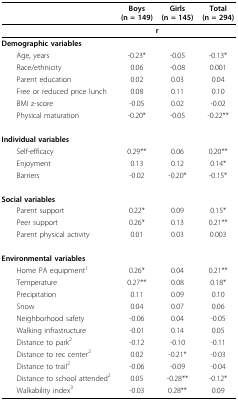
<table><thead><tr><td></td><td><b>Boys(n = 149)</b></td><td><b>Girls(n = 145)</b></td><td><b>Total(n = 294)</b></td></tr></thead><tbody><tr><td></td><td colspan="2"><b>r</b></td><td></td></tr><tr><td><b>Demographic variables</b></td><td></td><td></td><td></td></tr><tr><td> Age, years</td><td>-0.23*</td><td>-0.05</td><td>-0.13*</td></tr><tr><td> Race/ethnicity</td><td>0.06</td><td>-0.08</td><td>0.001</td></tr><tr><td> Parent education</td><td>0.02</td><td>0.03</td><td>0.04</td></tr><tr><td> Free or reduced price lunch</td><td>0.08</td><td>0.11</td><td>0.10</td></tr><tr><td> BMI z-score</td><td>-0.05</td><td>0.02</td><td>-0.02</td></tr><tr><td> Physical maturation</td><td>-0.20*</td><td>-0.05</td><td>-0.22**</td></tr><tr><td><b>Individual variables</b></td><td></td><td></td><td></td></tr><tr><td> Self-efficacy</td><td>0.29**</td><td>0.06</td><td>0.20**</td></tr><tr><td> Enjoyment</td><td>0.13</td><td>0.12</td><td>0.14*</td></tr><tr><td> Barriers</td><td>-0.02</td><td>-0.20*</td><td>-0.15*</td></tr><tr><td><b>Social variables</b></td><td></td><td></td><td></td></tr><tr><td> Parent support</td><td>0.22*</td><td>0.09</td><td>0.15*</td></tr><tr><td> Peer support</td><td>0.26*</td><td>0.13</td><td>0.21**</td></tr><tr><td> Parent physical activity</td><td>0.01</td><td>0.03</td><td>0.003</td></tr><tr><td><b>Environmental variables</b></td><td></td><td></td><td></td></tr><tr><td> Home PA equipment<sup>1</sup></td><td>0.26*</td><td>0.04</td><td>0.21**</td></tr><tr><td> Temperature</td><td>0.27**</td><td>0.08</td><td>0.18*</td></tr><tr><td> Precipitation</td><td>0.11</td><td>0.09</td><td>0.10</td></tr><tr><td> Snow</td><td>0.04</td><td>0.07</td><td>0.06</td></tr><tr><td> Neighborhood safety</td><td>-0.06</td><td>0.04</td><td>-0.05</td></tr><tr><td> Walking infrastructure</td><td>-0.01</td><td>0.14</td><td>0.05</td></tr><tr><td> Distance to park<sup>2</sup></td><td>-0.12</td><td>-0.10</td><td>-0.11</td></tr><tr><td> Distance to rec center<sup>2</sup></td><td>0.02</td><td>-0.21*</td><td>-0.03</td></tr><tr><td> Distance to trail<sup>2</sup></td><td>-0.06</td><td>-0.09</td><td>-0.04</td></tr><tr><td> Distance to school attended<sup>2</sup></td><td>0.05</td><td>-0.28**</td><td>-0.12*</td></tr><tr><td> Walkability index<sup>3</sup></td><td>-0.03</td><td>0.28**</td><td>0.09</td></tr></tbody></table>